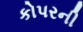
કોપરની